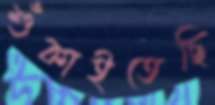
শুঁকাইতেছি